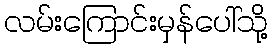
လမ်းကြောင်းမှန်ပေါ်သို့